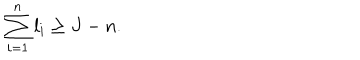
\sum _ { i = 1 } ^ { n } l _ { i } \geq J - n .